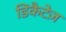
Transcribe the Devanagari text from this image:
डिकैटेज़